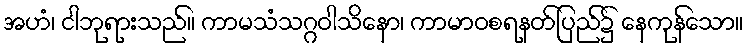
အဟံ၊ ငါဘုရားသည်။ ကာမသံသဂ္ဂဝါသိနော၊ ကာမာဝစရနတ်ပြည်၌ နေကုန်သော။